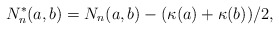
\begin{align*}N_n^{*}(a,b)=N_n(a,b)-(\kappa(a)+\kappa(b))/2,\end{align*}